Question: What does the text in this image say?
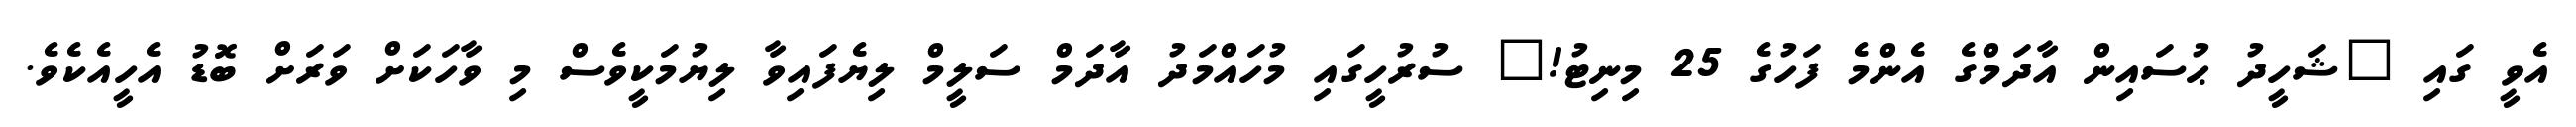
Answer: އެވީ ގައި "ޝަހީދު ޙުސައިން އާދަމްގެ އެންމެ ފަހުގެ 25 މިނިޓު!" ސުރުހީގައި މުހައްމަދު އާދަމް ސަލީމް ލިޔެފައިވާ ލިޔުމަކީވެސް މި ވާހަކަށް ވަރަށް ބޮޑު އެހީއެކެވެ.